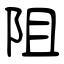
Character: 阻